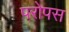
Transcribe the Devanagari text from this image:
परोपस